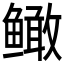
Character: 𲍙